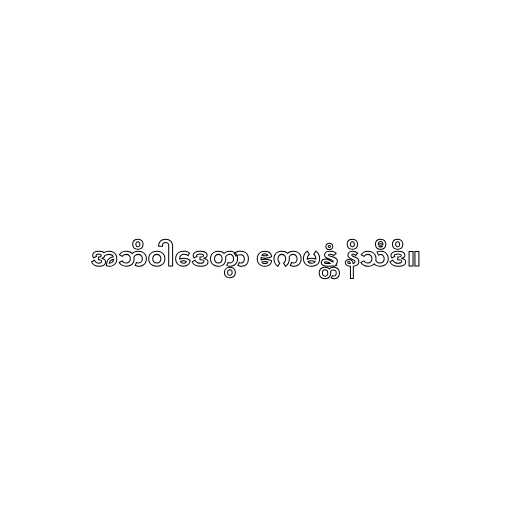
အဘိဝါဒေတွာ ဧကမန္တံ နိသီဒိ။